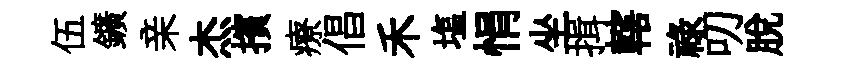
伍鑛亲杰擯療倡禾塩悁坐揖轄禄叨脱